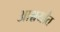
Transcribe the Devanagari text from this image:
आश्चर्यांत